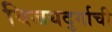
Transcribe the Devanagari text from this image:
विजयदुर्गाची